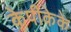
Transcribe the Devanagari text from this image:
केपीकेके